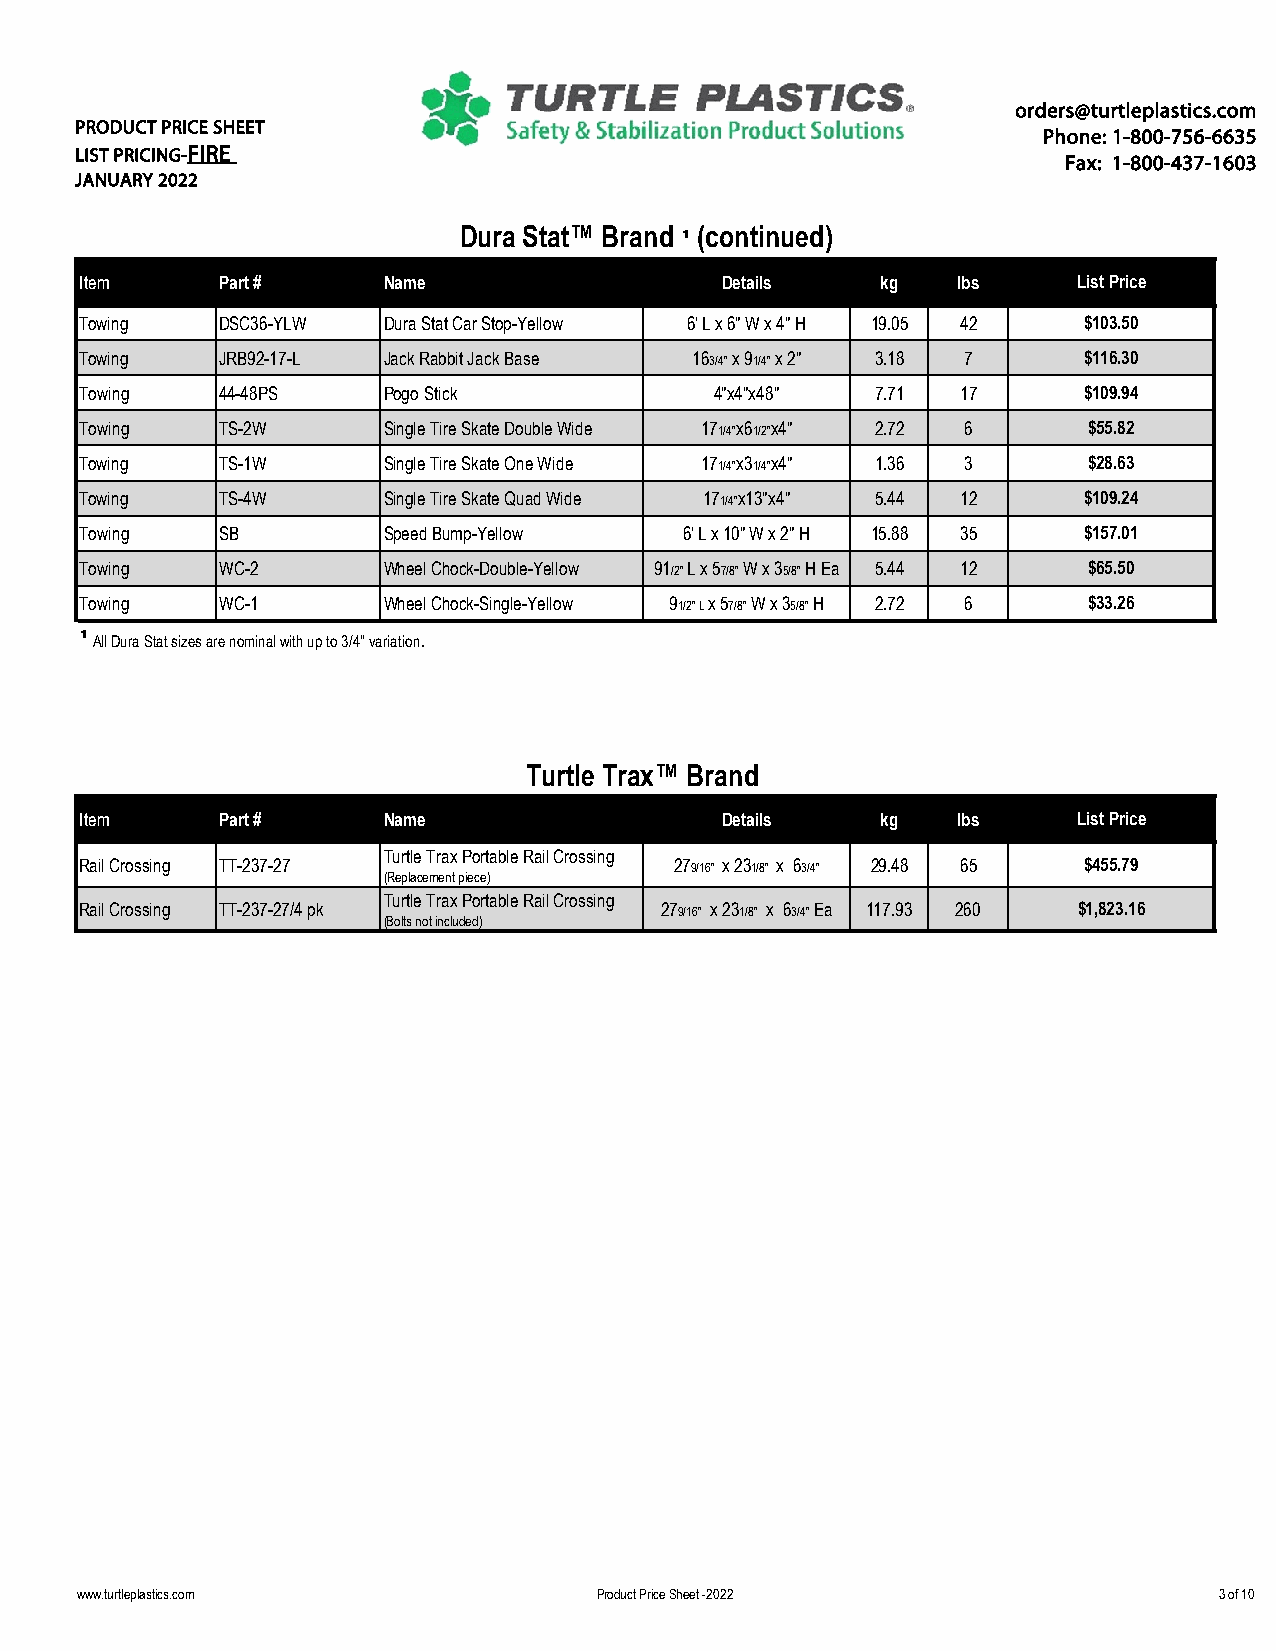
orders@turtleplastics.com
 PRODUCT PRICE SHEET
 Phone: 1-800-756-6635
 LIST PRICING-FIRE
 Fax: 1-800-437-1603
 JANUARY 2022
 Dura Stat™ Brand ¹ (continued)
 Item     Part #     Name                  Details    kg   lbs     List Price
 Towing   DSC36-YLW  Dura Stat Car Stop-Yellow 6' L x 6" W x 4" H 19.05 42 $103.50
 Towing   JRB92-17-L Jack Rabbit Jack Base 163/4" x 91/4" x 2" 3.18 7 $116.30
 Towing   44-48PS    Pogo Stick            4"x4"x48" 7.71  17      $109.94
 Towing   TS-2W      Single Tire Skate Double Wide 171/4"x61/2"x4" 2.72 6 $55.82
 Towing   TS-1W      Single Tire Skate One Wide 171/4"x31/4"x4" 1.36 3 $28.63
 Towing   TS-4W      Single Tire Skate Quad Wide 171/4"x13"x4" 5.44 12 $109.24
 Towing   SB         Speed Bump-Yellow   6' L x 10" W x 2" H 15.88 35 $157.01
 Towing   WC-2       Wheel Chock-Double-Yellow 91/2" L x 57/8" W x 35/8" H Ea 5.44 12 $65.50
 Towing   WC-1       Wheel Chock-Single-Yellow 91/2" L x 57/8" W x 35/8" H 2.72 6 $33.26
 ¹ All Dura Stat sizes are nominal with up to 3/4" variation.
 Turtle Trax™ Brand
 Item     Part #     Name                  Details    kg   lbs     List Price
 Turtle Trax Portable Rail Crossing
 Rail Crossing TT-237-27                279/16" x 231/8" x 63/4" 29.48 65 $455.79
 (Replacement piece)
 Turtle Trax Portable Rail Crossing
 Rail Crossing TT-237-27/4 pk          279/16" x 231/8" x 63/4" Ea 117.93 260 $1,823.16
 (Bolts not included)
 www.turtleplastics.com            Product Price Sheet -2022                3 of 10